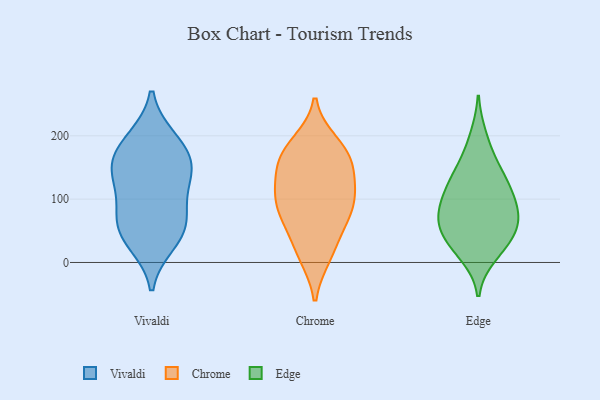
{"axis": {"x": "Tickets Resolved", "y": "Value"}, "legend": ["Chrome", "Edge", "Vivaldi"], "data": [{"x": "", "y": 131, "type": "Vivaldi"}, {"x": "", "y": 158, "type": "Vivaldi"}, {"x": "", "y": 118, "type": "Vivaldi"}, {"x": "", "y": 39, "type": "Vivaldi"}, {"x": "", "y": 62, "type": "Vivaldi"}, {"x": "", "y": 80, "type": "Vivaldi"}, {"x": "", "y": 153, "type": "Vivaldi"}, {"x": "", "y": 64, "type": "Vivaldi"}, {"x": "", "y": 31, "type": "Vivaldi"}, {"x": "", "y": 195, "type": "Vivaldi"}, {"x": "", "y": 192, "type": "Vivaldi"}, {"x": "", "y": 156, "type": "Vivaldi"}, {"x": "", "y": 129, "type": "Chrome"}, {"x": "", "y": 166, "type": "Chrome"}, {"x": "", "y": 144, "type": "Chrome"}, {"x": "", "y": 102, "type": "Chrome"}, {"x": "", "y": 86, "type": "Chrome"}, {"x": "", "y": 189, "type": "Chrome"}, {"x": "", "y": 150, "type": "Chrome"}, {"x": "", "y": 102, "type": "Chrome"}, {"x": "", "y": 10, "type": "Chrome"}, {"x": "", "y": 103, "type": "Chrome"}, {"x": "", "y": 77, "type": "Chrome"}, {"x": "", "y": 45, "type": "Chrome"}, {"x": "", "y": 62, "type": "Chrome"}, {"x": "", "y": 11, "type": "Chrome"}, {"x": "", "y": 171, "type": "Chrome"}, {"x": "", "y": 182, "type": "Chrome"}, {"x": "", "y": 121, "type": "Edge"}, {"x": "", "y": 20, "type": "Edge"}, {"x": "", "y": 11, "type": "Edge"}, {"x": "", "y": 88, "type": "Edge"}, {"x": "", "y": 65, "type": "Edge"}, {"x": "", "y": 122, "type": "Edge"}, {"x": "", "y": 71, "type": "Edge"}, {"x": "", "y": 199, "type": "Edge"}, {"x": "", "y": 47, "type": "Edge"}, {"x": "", "y": 49, "type": "Edge"}, {"x": "", "y": 163, "type": "Edge"}, {"x": "", "y": 117, "type": "Edge"}, {"x": "", "y": 89, "type": "Edge"}, {"x": "", "y": 74, "type": "Edge"}, {"x": "", "y": 35, "type": "Edge"}, {"x": "", "y": 143, "type": "Edge"}]}